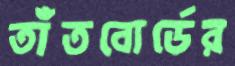
তাঁতবোর্ডের